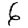
Digit: 6